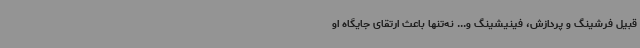
قبیل فرشینگ و پردازش، فینیشینگ و... نه‌تنها باعث ارتقای جایگاه او